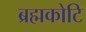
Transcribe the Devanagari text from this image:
ब्रह्मकोटि